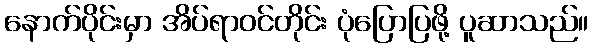
နောက်ပိုင်းမှာ အိပ်ရာဝင်တိုင်း ပုံပြောပြဖို့ ပူဆာသည်။